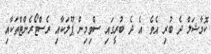
ކޮމާޝަލް ދެ ބުރި އެވެ. އެ ދެ ބުރީގައި ސްވިމިން ޕޫލަކާއި ރެސްޓޯރެންޓްތަކާއި